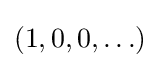
(1,0,0,\ldots )